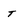
Character: t